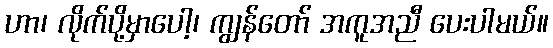
ဟာ၊ လိုက်ပို့မှာပေါ့၊ ကျွန်တော် အကူအညီ ပေးပါမယ်။